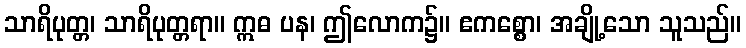
သာရိပုတ္တ၊ သာရိပုတ္တရာ။ ဣဓ ပန၊ ဤလောက၌။ ဧကစ္စော၊ အချို့သော သူသည်။